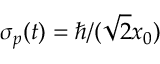
\sigma _ { p } ( t ) = \hbar / ( { \sqrt { 2 } } x _ { 0 } )